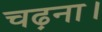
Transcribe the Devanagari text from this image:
चढ़ना।